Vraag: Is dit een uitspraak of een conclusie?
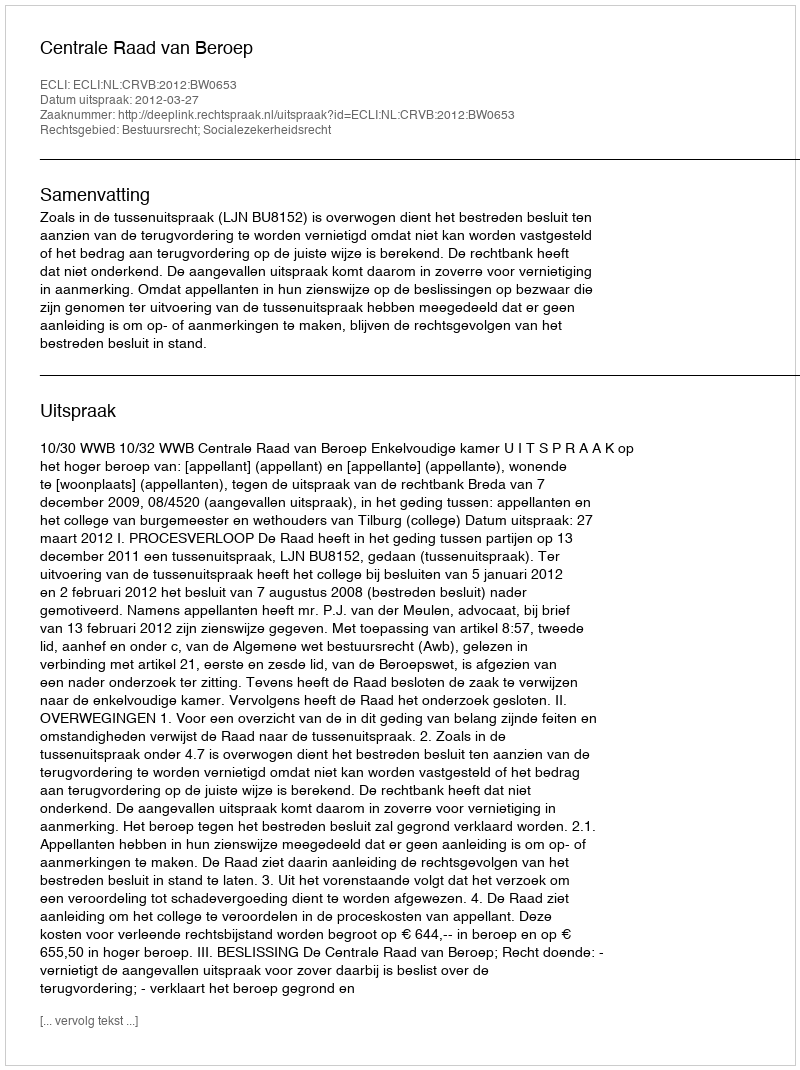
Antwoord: Uitspraak